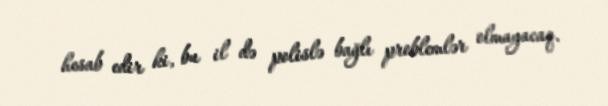
hesab edir ki, bu il də polislə bağlı problemlər olmayacaq.